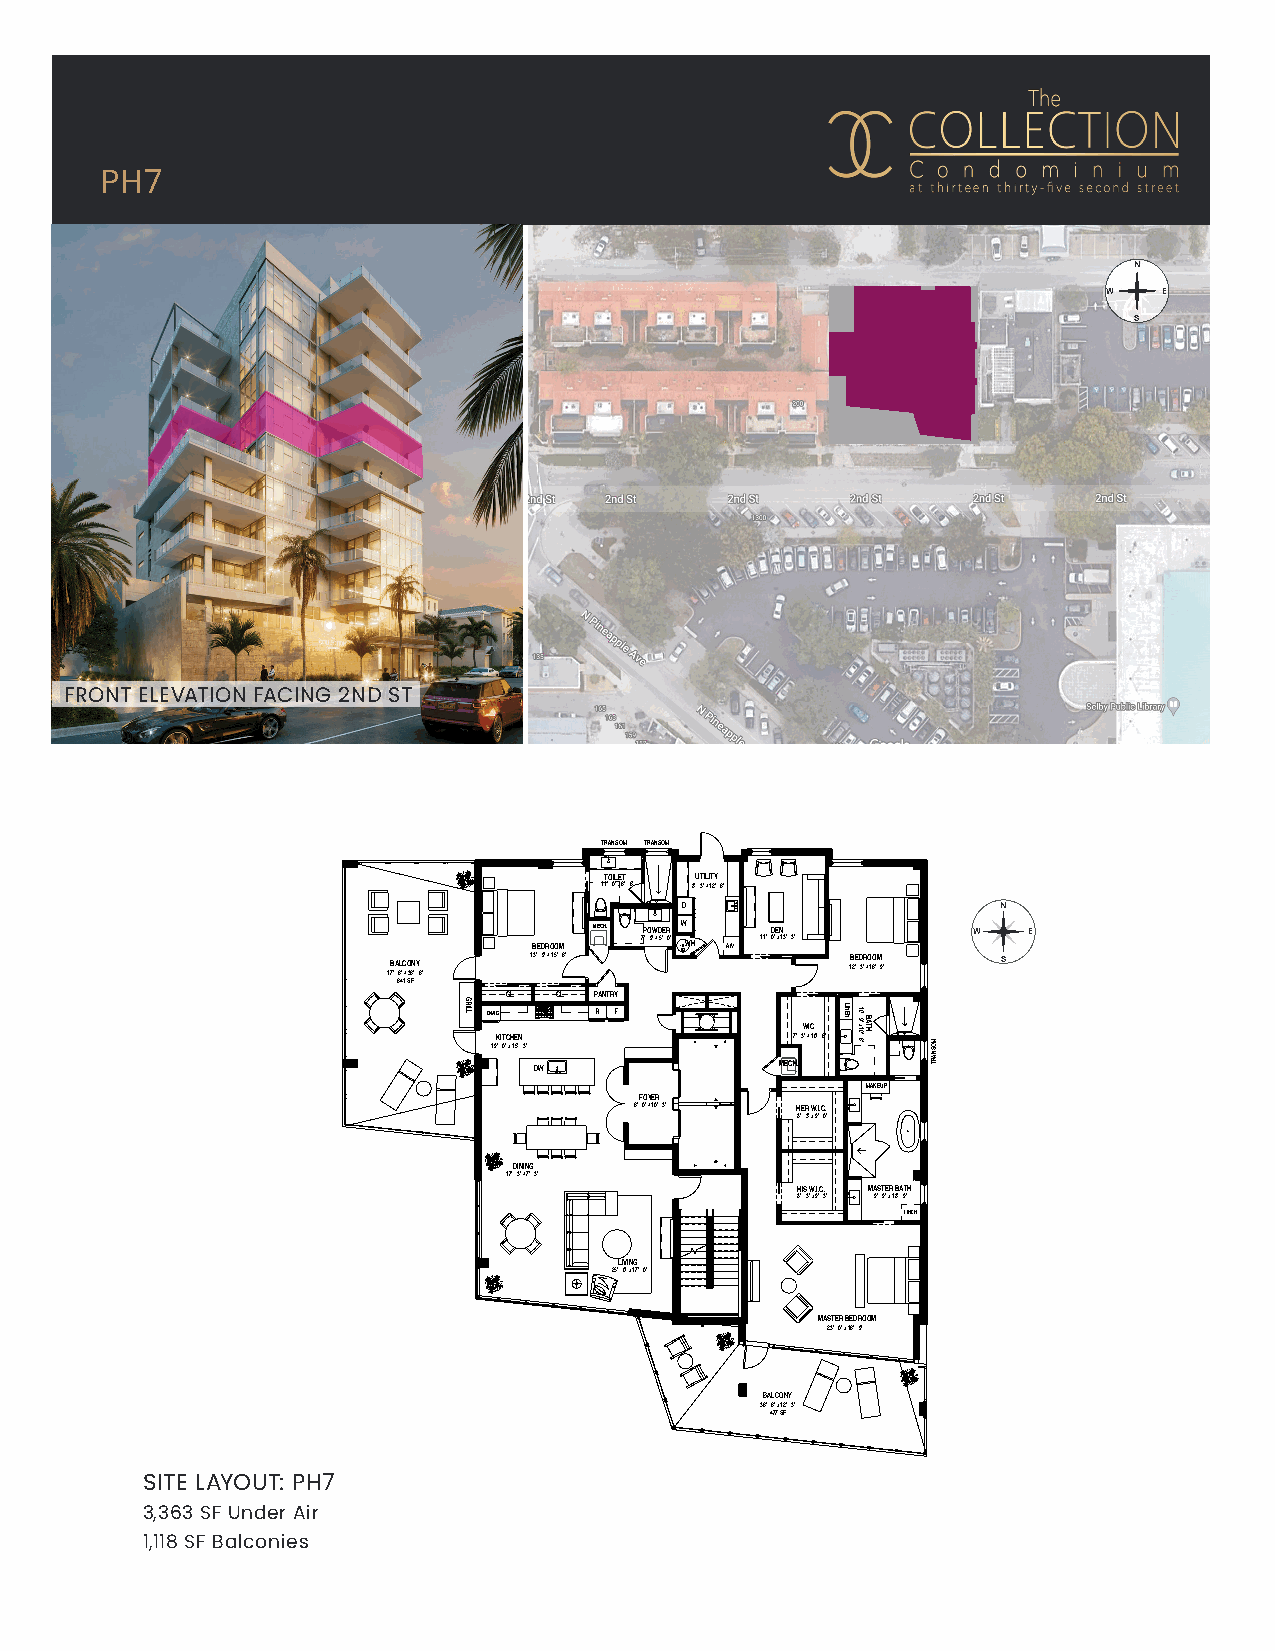
PH7
 N
 W   E
 S
 FRONT ELEVATION FACING 2ND ST
 TRANSOM TRANSOM
 TOILET UTILITY
 11' -0"x6'-6" 8' -3"x12' -6"
 D                    N
 BEDROOM MECH. 7P ' -O 9W "xD 5E ' -R 0" W WH A/V 11' -0D "E xN 13' -3" W E
 17B ' A -6L "C xO 36N ' -Y 6" 13' -9"x15' -6" 1B 2E ' -D 3"R xO 1O 6' M -9" S
 641 SF
 CL  CL PANTRY O/MIC R F
 WIC
 KITCHEN             7' -3"x10' -6" 19' -0"x15' -3"
 DW               MECH.
 MAKEUP
 FOYER
 6'-0"x10'-3" HER W.I.C.
 8' -3"x9' -0"
 DINING
 17' -3"x7' -3"
 HIS W.I.C. MASTER BATH
 8' -3"x9' -3" 9' -9"x18' -9"
 LINEN
 LIVING
 25' -0"x17' -0"
 MASTER BEDROOM
 23' -0"x16' -9"
 BALCONY
 36' -6"x12' -3"
 477 SF
 SITE LAYOUT: PH7
 3,363 SF Under Air
 1,118 SF Balconies DSDG ARCHITECTS   UNIT TYPE A
 ARCHITECTURE 1348 FRUITVILLE ROAD; SUITE 204 LEVELS 7-10
 P INL TA EN RN IOIN RG DESIGN TS Fe aA l x R ( (A 9 94S 41O 1) )T 9 9A 5 5, 5 5 F - -5 7L 6 3O 4 5R 5 4IDA 34236 13 ,, 13 16 83 SG FS F B A(A L/ CC O) NY
 CONSTRUCTION MANAGEMENT www.dsdgarchitects.com AA 0003661 SCALE: 1/8" -1'-0"
 GRILL                    LINEN 10'-9"x10
 '-6"
 BATH
 MOSNART